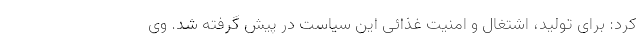
کرد: برای تولید، اشتغال و امنیت غذائی این سیاست در پیش گرفته شد. وی